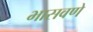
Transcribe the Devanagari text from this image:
भासवणे